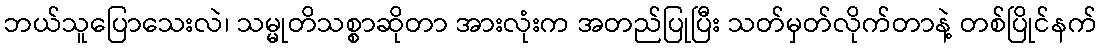
ဘယ်သူပြောသေးလဲ၊ သမ္မုတိသစ္စာဆိုတာ အားလုံးက အတည်ပြုပြီး သတ်မှတ်လိုက်တာနဲ့ တစ်ပြိုင်နက်